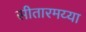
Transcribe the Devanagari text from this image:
सीतारमय्या